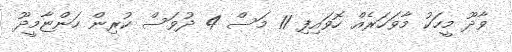
ވާދޫ މީހަކު މާވަހަރެއް ހޮވައިފި 11 މަސް 4 ދުވަސް ކުރިން ހަންޏާމީދޫ